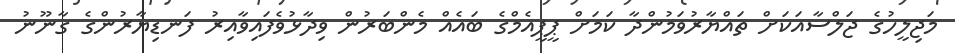
މަޖިލީހުގެ ޖަލްސާއަކަށް ތައްޔާރުވަމުންދާ ކަމަށް ޕީޕީއެމްގެ ބައެއް މެންބަރުން ވިދާޅުވެފައިވާއިރު ފަނޑިޔާރުންގެ ގާނޫނު